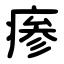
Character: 瘆